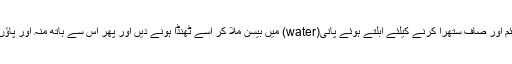
4-جلد کو ملائم اور صاف ستھرا کرنے کیلئے ابلتے ہوئے پانی(water) میں بیسن ملا کر اسے ٹھنڈا ہونے دیں اور پھر اس سے ہاتھ منہ اور پاﺅں صاف کریں۔